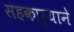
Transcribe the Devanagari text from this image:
सहकार्‍याने